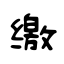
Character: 缴